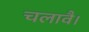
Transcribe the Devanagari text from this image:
चलावै।